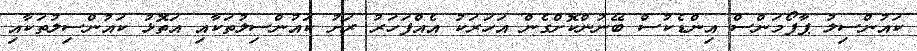
ކައުންސިލު ޕާފޯމަންސް އިންޑެކުސް ބޭނުންކޮށްގެން އަހަރަކު އެއްފަހަރު ރަށު ކައުންސިލުތަކާއި އަތޮޅު ކައުންސިލުތަކާއި